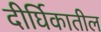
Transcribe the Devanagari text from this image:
दीर्घिकातील